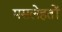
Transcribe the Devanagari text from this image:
मसलेहतों